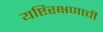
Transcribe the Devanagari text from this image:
यष्टिरक्षणाची